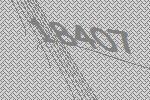
18407